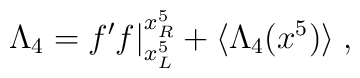
\Lambda_4 = f^\prime f |^{x_R^5}_{x_L^5} + \langle\Lambda_4(x^5)\rangle                                                                    \; ,